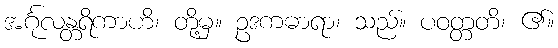
အင်္ဂုလန္တရိကာဟိ၊ တို့မှ။ ဥဒကဓာရာ၊ သည်။ ပဝတ္တတိ၊ ၏။